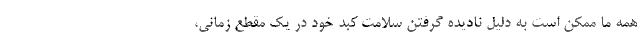
همه ما ممکن است به دلیل نادیده گرفتن سلامت کبد خود در یک مقطع زمانی،